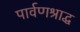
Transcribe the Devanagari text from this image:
पार्वणश्राद्ध